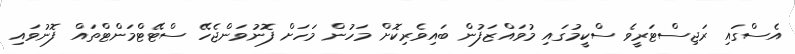
އެސްގައި ރަޖިސްޓަރީވެ ސްކީމުގައި މުވައްޒަފުން ބައިވެރިކޮށް މަހުން މަހަށް ފޮނުވަންޖެހޭ ސްޓޭޓްމަންޓްތައް ފޮނުވައި